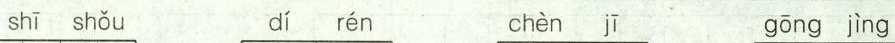
shī shǒu dí rén chèn jī gōng jìng